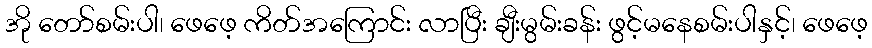
အို တော်စမ်းပါ၊ ဖေဖေ့ ကိတ်အကြောင်း လာပြီး ချီးမွမ်းခန်း ဖွင့်မနေစမ်းပါနှင့်၊ ဖေဖေ့